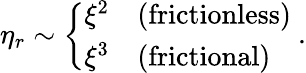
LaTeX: \eta_{r}\sim\left\{ \begin{array}{ll}{\xi^{2}}&{(\mathrm{{frictionless}})}\\ {\xi^{3}}&{(\mathrm{{frictional}})}\end{array}\right.~.